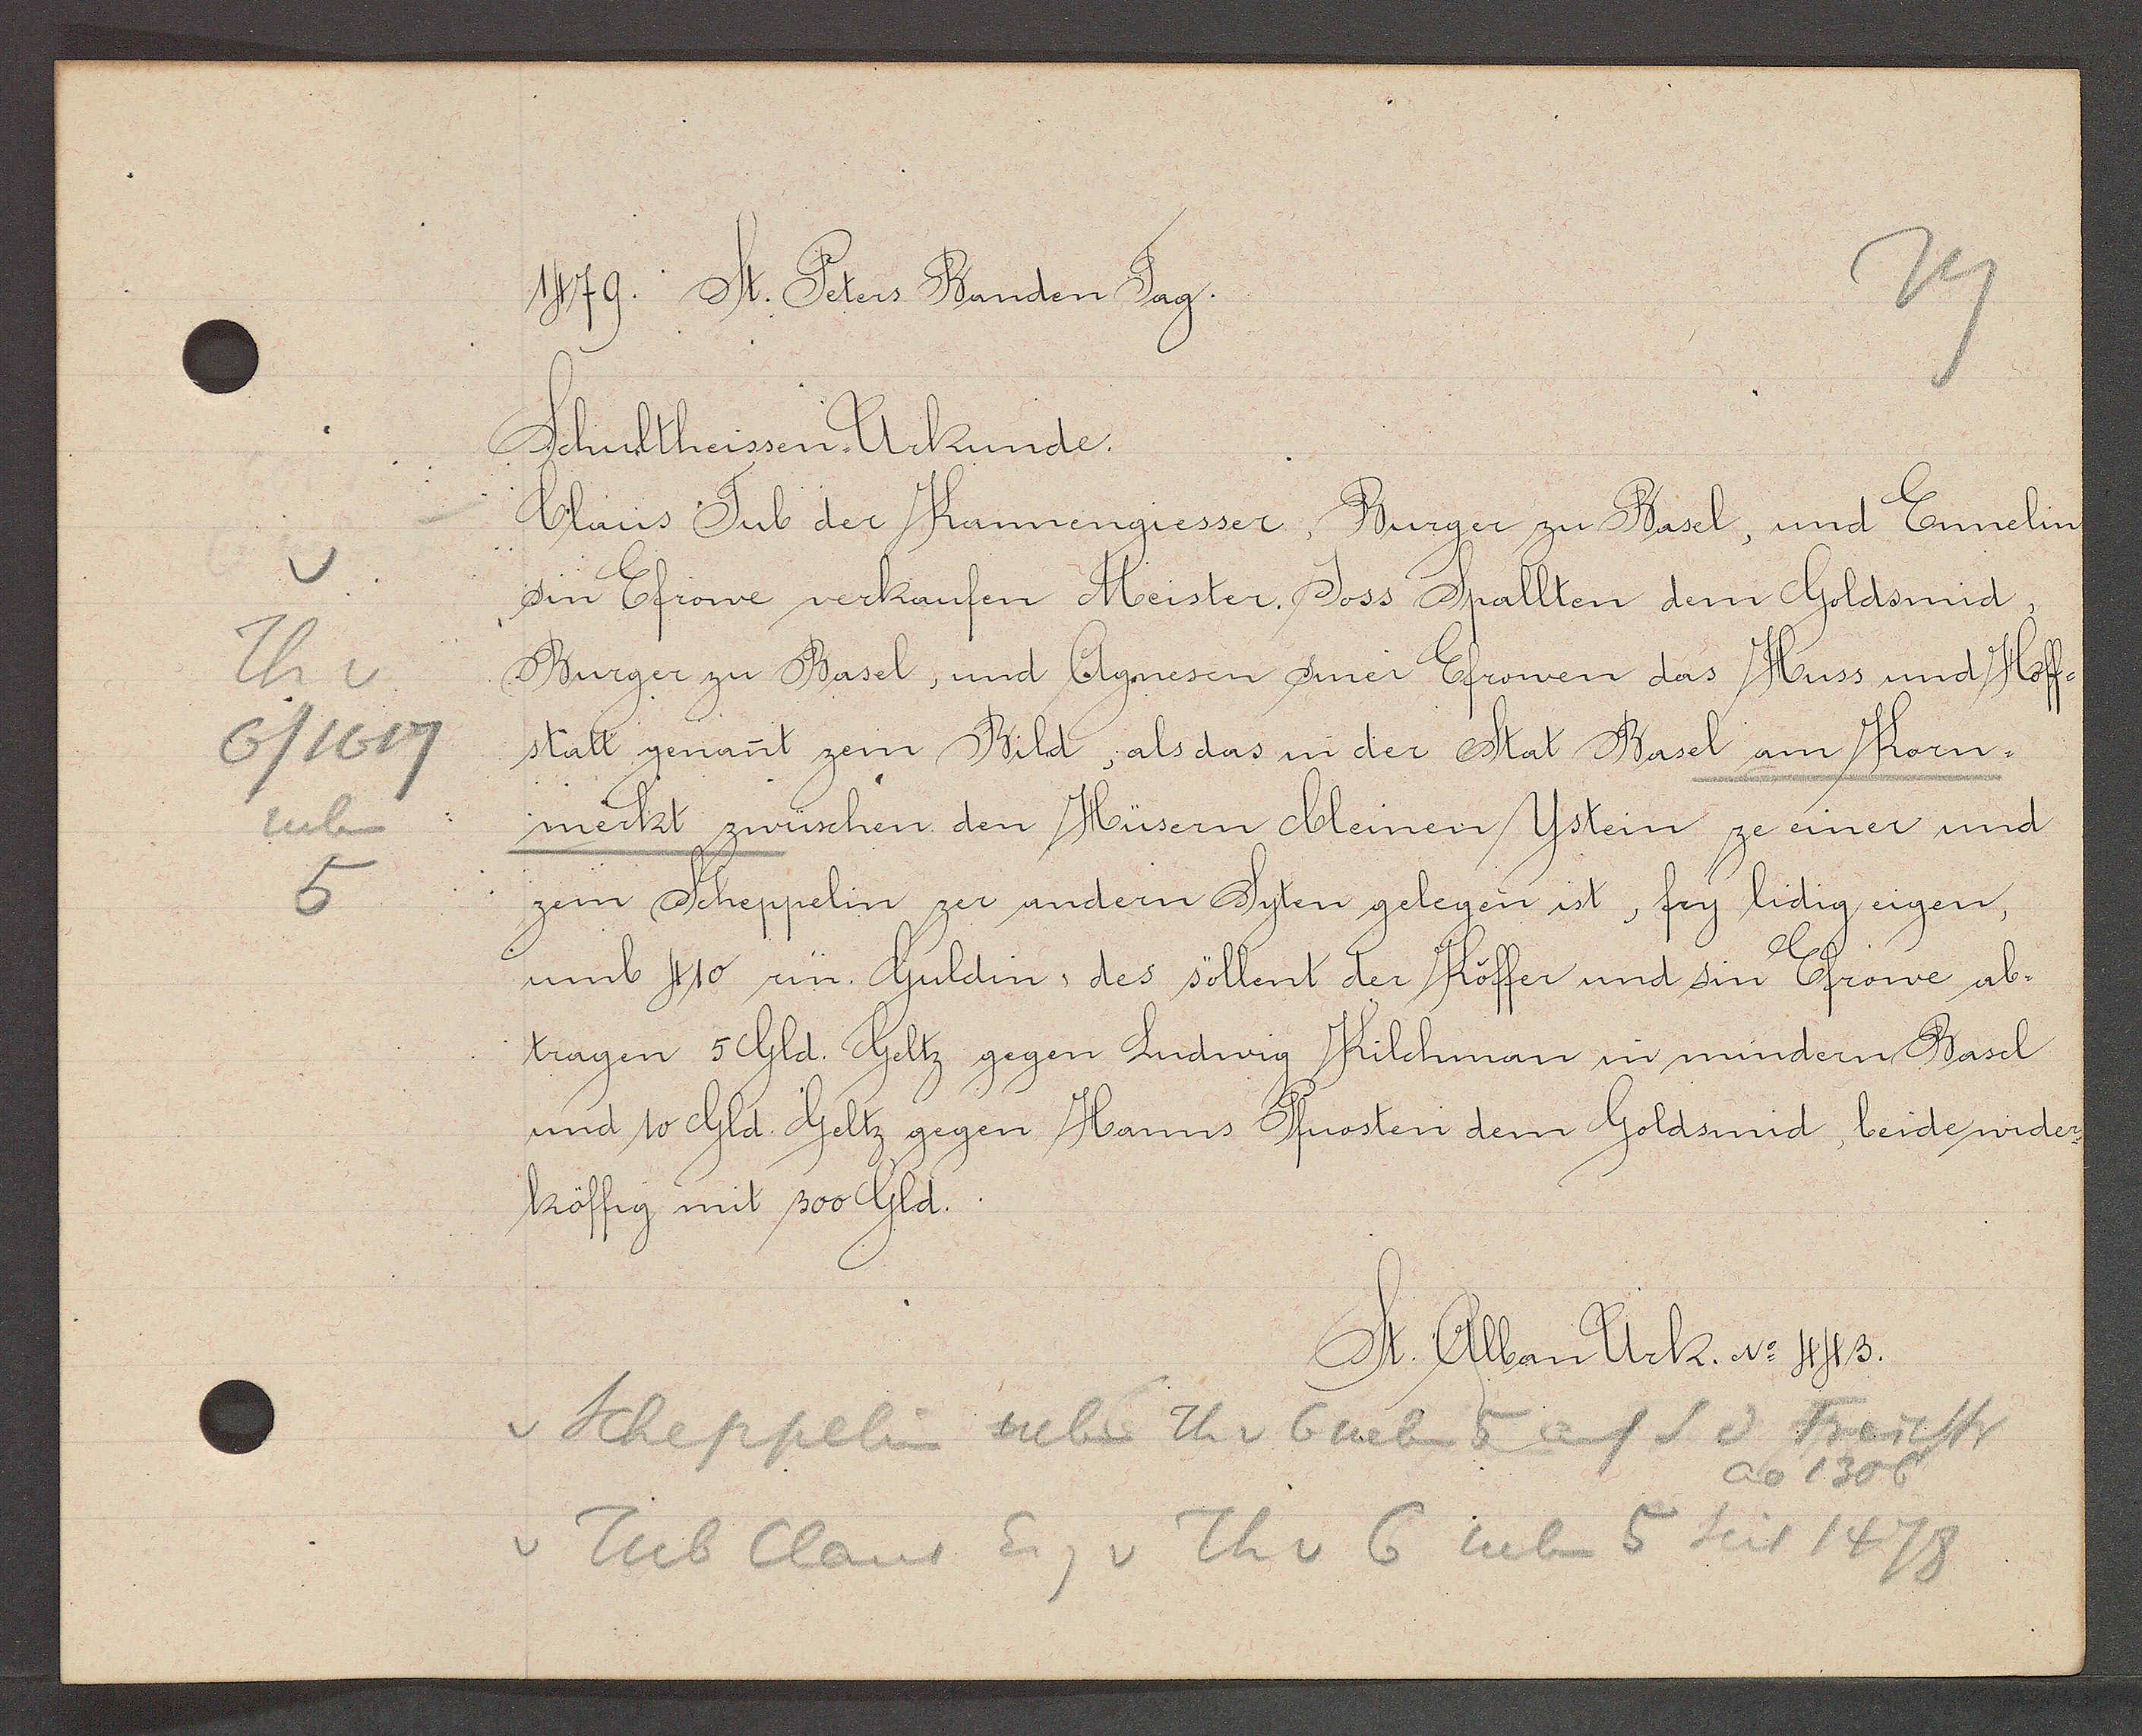
Transcript:
Th v
6/1617
neben
5

1479. St. Peters Banden Tag.

Schultheissen Urkunde.
Claus Tub der Kannengiesser, Burger zu Basel, und Ennelin
sin Efrowe verkaufen Meister. Joss Spallten dem Goldsmid,
Burger zu Basel, und Agnesen siner Efrowen das Huss und Hoff¬
statt genant zem Bild, als das in der Stat Basel am Korn¬
merkt zwüschen den Hüsern bleinen Ystein ze einer und
zem Scheppelin zer andern Syten gelegen ist, fry lidig eigen,
umb 419 in. Guldin, des söllent der Köffer und sin Efrowe ab¬
tragen 5 Gld. Geltz gegen Ludwig Kilchman in mindern Basel
und 10 Gld. Geltz gegen Hanns Pfuosten dem Goldsmid, beide wider
köffig mit 300 Gld.

St. Alban Urk. No 443.

v Scheppelin neben Th v 6 neben 5 auf S d Freiestr
ao 1306
v Tub Claus Eig v Th v 6 neben 5 seit 1478